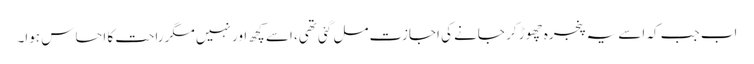
اب جب کہ اسے یہ پنجرہ چھوڑ کر جانے کی اجازت مل گئی تھی، اسے کچھ اور نہیں مگر راحت کا احساس ہوا۔